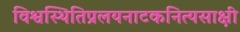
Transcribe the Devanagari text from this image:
विश्वस्थितिप्रलयनाटकनित्यसाक्षी